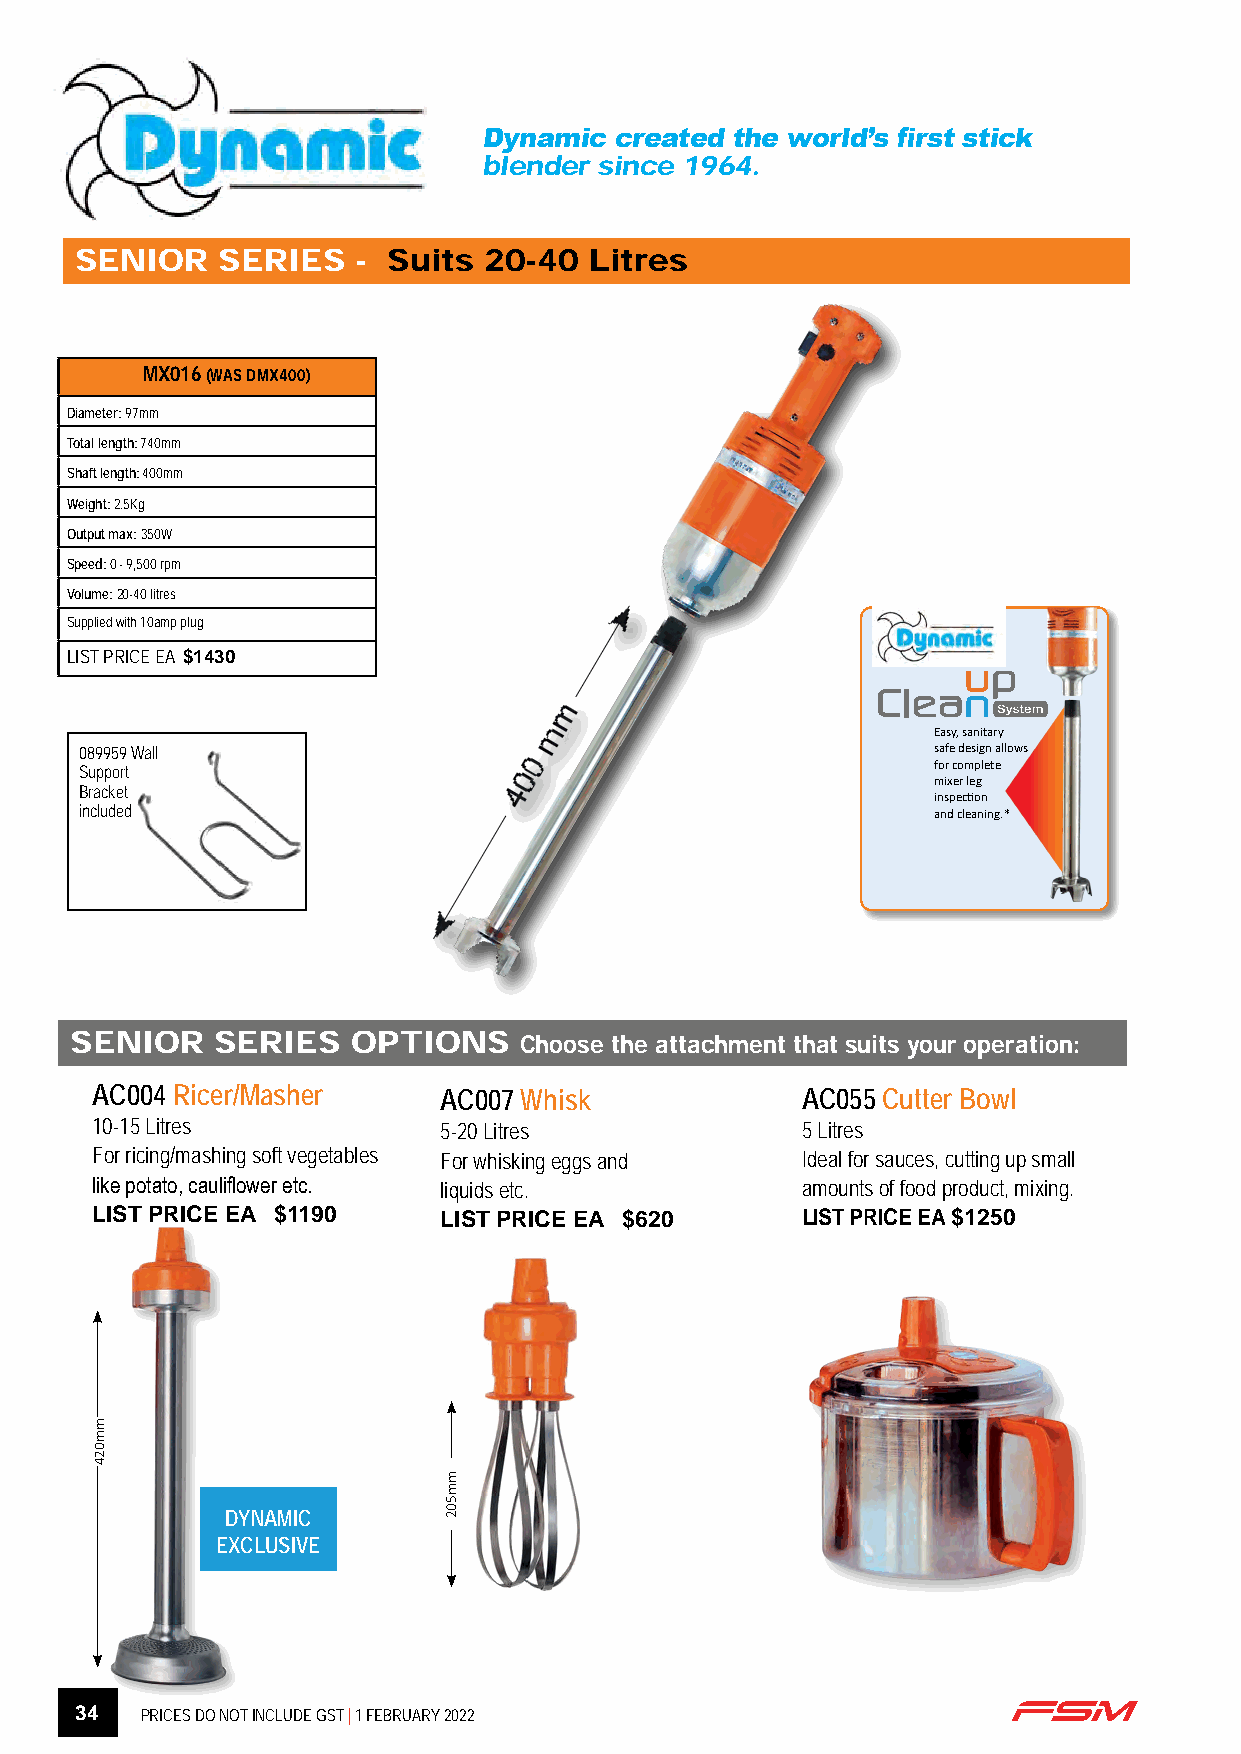
Dynamic  created the world’s first stick
 blender since 1964.
 SENIOR   SERIES    - Suits 20-40  Litres
 MX016 (WAS DMX400)
 Diameter: 97mm
 Total length: 740mm
 Shaft length: 400mm
 Weight: 2.5Kg
 Output max: 350W
 Speed: 0 - 9,500 rpm
 Volume: 20-40 litres
 Supplied with 10amp plug
 LIST PRICE EA $1430
 Easy, sanitary
 089959 Wall                                              safe design allows
 for complete
 Support
 mixer leg
 Bracket
 inspection
 included                                                 and cleaning.*
 SENIOR   SERIES   OPTIONS    Choose the attachment that suits your operation:
 AC004 Ricer/Masher     AC007 Whisk             AC055 Cutter Bowl
 10-15 Litres           5-20 Litres             5 Litres
 For ricing/mashing soft vegetables For whisking eggs and Ideal for sauces, cutting up small
 like potato, cauliflower etc. liquids etc.     amounts of food product, mixing.
 LIST PRICE EA $1190    LIST PRICE EA $620      LIST PRICE EA $1250
 DYNAMIC
 EXCLUSIVE
 34  PRICES DO NOT INCLUDE GST | 1 FEBRUARY 2022
 mm024
 mm502